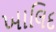
ખાલિદ